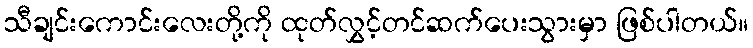
သီချင်းကောင်းလေးတို့ကို ထုတ်လွှင့်တင်ဆက်ပေးသွားမှာ ဖြစ်ပါတယ်။